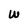
Character: W